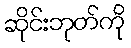
ဆိုင်းဘုတ်ကို